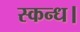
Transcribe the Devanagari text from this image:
स्कन्ध।